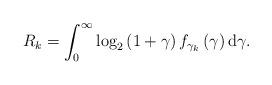
LaTeX: \begin{align*}R_k = \int_0^\infty {\log_2 \left( {1 + \gamma } \right){f_{\gamma_k} }\left( \gamma \right){\rm d}\gamma}.\end{align*}